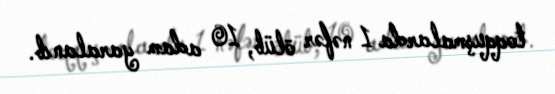
toqquşmalarda 1 nəfər ölüb, 10 adam yaralanıb.